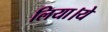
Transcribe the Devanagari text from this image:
लिया।ये